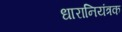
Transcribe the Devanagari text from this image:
धारानियंत्रक